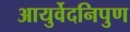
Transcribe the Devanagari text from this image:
आयुर्वेदनिपुण